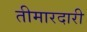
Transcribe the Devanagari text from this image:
तीमारदारी